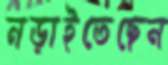
নড়াইতেছেন